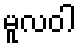
မူလဝါ